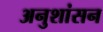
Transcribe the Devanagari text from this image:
अनुशांसन